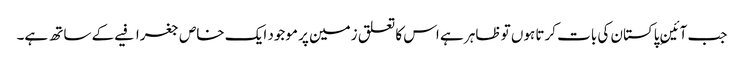
جب آئینِ پاکستان کی بات کرتا ہوں تو ظاہر ہے اس کا تعلق زمین پر موجود ایک خاص جغرافیے کے ساتھ ہے۔